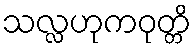
သလ္လဟုကဝုတ္တိ